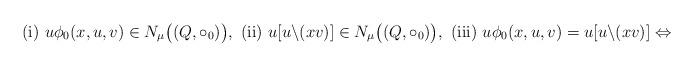
LaTeX: \begin{gather*}\textrm{(i)}~u\phi_0 (x,u,v)\in N_\mu \big((Q,\circ_0 )\big),~\textrm{(ii)}~u[u\backslash (xv)]\in N_\mu \big((Q,\circ_0 )\big),~\textrm{(iii)}~u\phi_0 (x,u,v)=u[u\backslash (xv)]\Leftrightarrow\end{gather*}